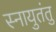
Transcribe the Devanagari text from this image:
स्नायुतंतु